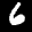
Label: 6